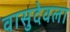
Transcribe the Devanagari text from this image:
वासुदेवला